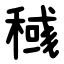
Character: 稶